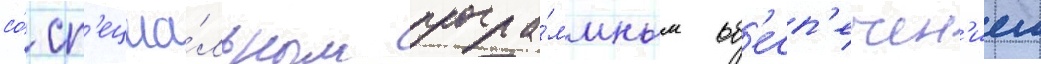
со́ сп'ециа́льным програ́ммным об'есп'ечен'ием